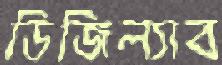
ডিজিল্যাব